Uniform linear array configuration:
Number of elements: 16
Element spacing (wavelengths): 0.5
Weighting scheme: kaiser
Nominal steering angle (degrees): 0
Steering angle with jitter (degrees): -1.18
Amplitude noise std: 0.05
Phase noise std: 0.05

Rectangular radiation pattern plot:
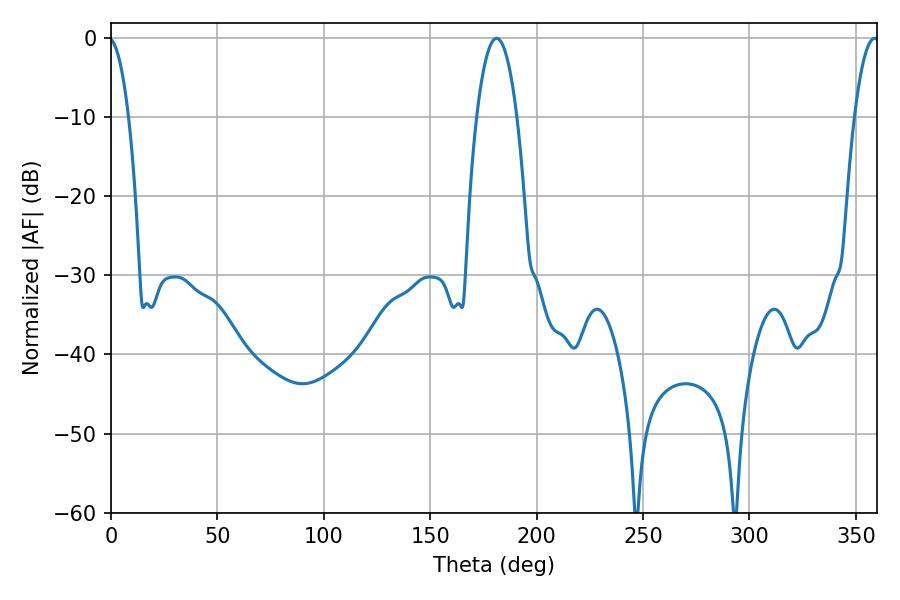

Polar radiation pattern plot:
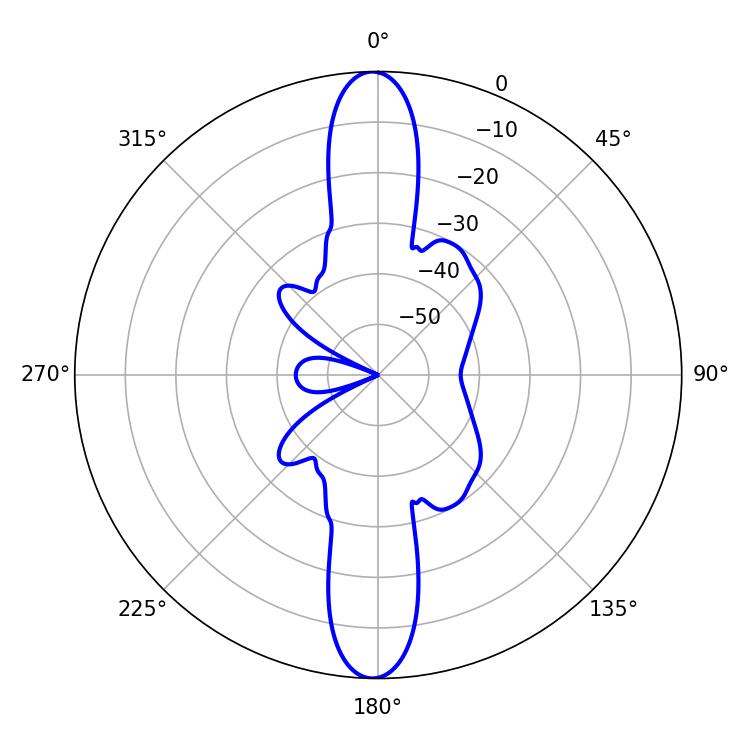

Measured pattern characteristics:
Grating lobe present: FALSE
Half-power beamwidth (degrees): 6.48
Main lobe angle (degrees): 358.74